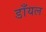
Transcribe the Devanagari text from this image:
डाँयल